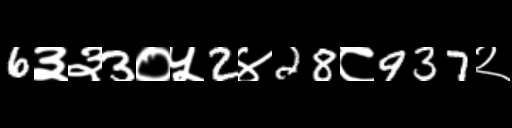
Text: 6३३3०५2४28८937२